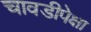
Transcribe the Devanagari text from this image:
चावडीपेक्षा